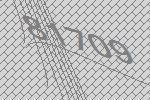
81709